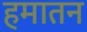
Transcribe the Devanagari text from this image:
हमातन